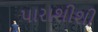
પારાશીશી